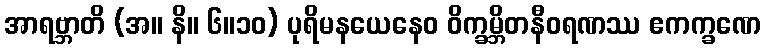
အာရဗ္ဘာတိ (အ။ နိ။ ၆။၁၀) ပုရိမနယေနေဝ ဝိက္ခမ္ဘိတနီဝရဏဿ ဧကက္ခဏေ